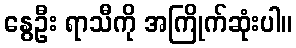
နွေဦး ရာသီကို အကြိုက်ဆုံးပါ။